Annual report on the lock hospitals of the Madras Presidency
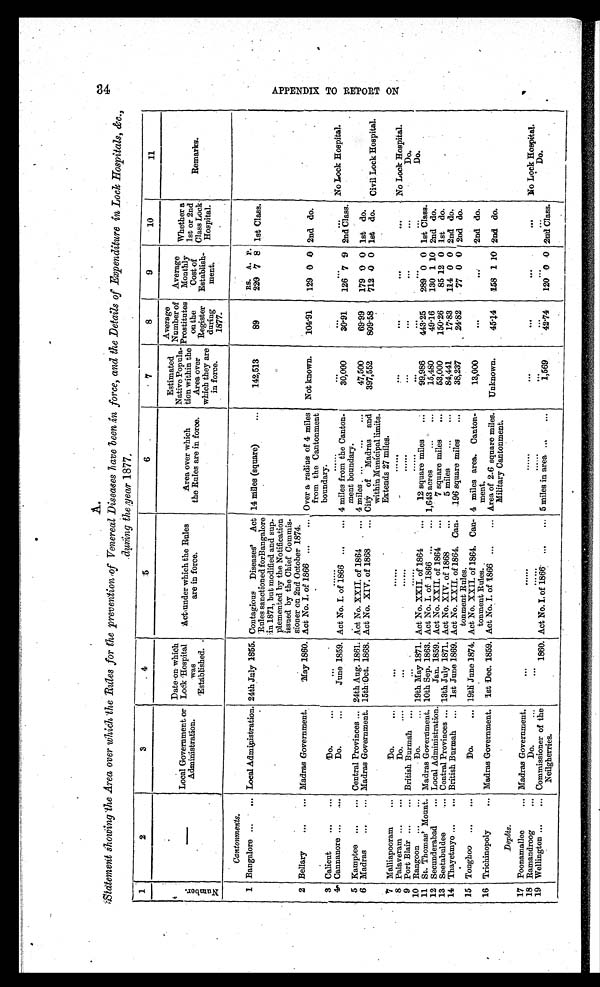
A.
Satement showing the Area over which the Rules for the prevention of Venereal Diseases have been force, and the Details of Expenditure in Lock Hospitals, &amp;c.,
durinq the mean 1877.
1
2
3
4
5
6
7
8
9
10
11
N u m b e r .
—
Local Government or
Administration.
Date on which
Lock Hospital
was
Established.
Act under which the Rules
are in force.
Area over which
Area
the Rules are in force.
Estimated
Native Popula
tion within the
Area over
whi ch t hey are i n force.
Average
Number of
Prostitute
on the
Register
during
1877.
Average
monthly
Monthl
y Cost of
Establish
ment. Wh e t h e r 1 s t o r 2 n d Cl a s s L o c k Ho s p i t a l .
Remarks.
Cantonments.
RS. A. P.
1 Bangalore ... ... Local Administration. 24th July 1855. Contagious Diseases' Act
Rules sanctioned forBangalore
;in 1871, but modified and sup
plemented by the Notification
issued by the Chief Commis
sioner on 2nd October 1874.
14 miles (square)
...
142,513
89
220 7 8 1st Class.
2 Bellary
... ...
Madras Government.
May 1860. Act No. I. of 1866 ... ... Over a radius of 4 miles
from the Cantonment
boundary.
Not known. 104·91
129 0 0 2nd do.
3
Calicut ... ...
Do.
...
. . .
. . .
...
. . . ...
. . .
...
...
No Lock Hospital.
4 Cannanore ... . . .
Do.
...
June 1859. Act No. I. of 1866 ... ... 4 miles from the Canton
ment boundary.
30,000
30·91 126 7 9 2nd Class.
5 Kamptee ... ... Central Provinces... 24th Aug. 1861. Act No. XXII. of 1864 ... 4 miles ... ... ...
47,500
69·99 179 0 0 1st do.
6 Madras ... ... Madras Government. 15th Oct. 1868. Act No. XIV. of 1868 ... City of Madras and
within Municipal limits.
Extends 27 miles.
397,552
809·58
712 0 0 1st do. Civil Lock Hospital.
7 Malliapooram ...
Do.
... ...
. . . . . .
......
. . .
. . .
. . .
...
. . .
. . . No Lock Hospital.
8 Palaveram... ...
Do.
....
...
......
......
...
. . .
. . .
... . . . ...
Do.
9 Port Blair ... ... British Burmah ...
...
. . . . . .
. . . . . .
...
. . .
. . .
... . . . ...
Do.
10 Rangoon ... ...
Do.
... 19th May 1871. Act No. XXII. of 1864 ... 12 square miles ...
99,986
443·25 289 0 0 1st Class.
11 St. Thomas' Mount. Madras Government. 10th Sep. 1863. Act No. I. of 1866 ... ... 1,643 acres ... ...
15,480
49·16
130 1 1 0 2nd do.
12 Secunderabad ... Local Administration.
Jan. 1859. Act No. XXII. of 1864 ...
7 square miles ...
53,000
150·26
85 12 0 1st do.
13 Seetabuldee
... Central Provinces... 13th July 1871. Act No. XIV. of 1868
...
5 miles ... ...
84,441
17·83 114 0 0 2nd do.
14 Thayetmyo ... ... British Bnrmah ... 1st June 1869. Act No. XXII. of 1864. Can
tonment Rules.
196 square miles ...
38,237
24·82
7 7 0 0 2nd do.
15 Tonghoo ... ...
Do.
... 19th June 1874. Act No. XXII. of 1864. Can
tonment Rules.
4 miles area. Canton
ment.
13,000
. . .
. . . . . . . . . 2nd do.
16 Trichinopoly
... Madras Government. 1st Dec. 1859. Act No. I. of 1866 ... ... Area of 2·6 square miles.
Military Cantonment.
Unknown.
45·14
158 1 10 2nd do.
D e p ô t s .
17 Poonamallee
... Madras Government.
...
.....
. . . . . .
. . . . . .
. . . . . . . . .
. . . No Lock Hospital.
18 Ramandroog
...
Do.
... ...
. . .
......
. . . . . .
. . . . . . . . .
. . .
Do.
. . .
19 Wellington... ... Commissioner of the
Neilgherries.
1860. Act No. I. of 1866 ... ... 5 miles in area ... ...
1,569
42·74 120 0 0 2nd Class.
3 4